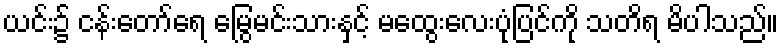
ယင်း၌ ငန်းတော်ရေ မြွေမင်းသားနှင့် မထွေးလေးပုံပြင်ကို သတိရ မိပါသည်။